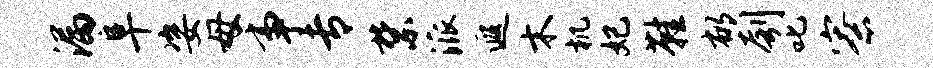
漏阜姿母事专禁派遐木机妃鞋郁刳叱寮